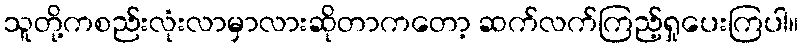
သူတို့ကစည်းလုံးလာမှာလားဆိုတာကတော့ ဆက်လက်ကြည့်ရှုပေးကြပါ။